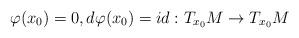
LaTeX: \begin{align*}\varphi(x_0)=0, d\varphi(x_0)=id:T_{x_0}M\rightarrow T_{x_0}M\end{align*}